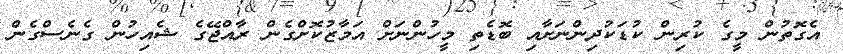
އެގޮތުން މީގެ ކުރިން ކުޑަކުދިންނަށާއި ބޮޑެތި މީހުންނަށް އަމާޒުކޮށްގެން ރާއްޖޭގެ ޝެއިހުން ގެނެސްގެން